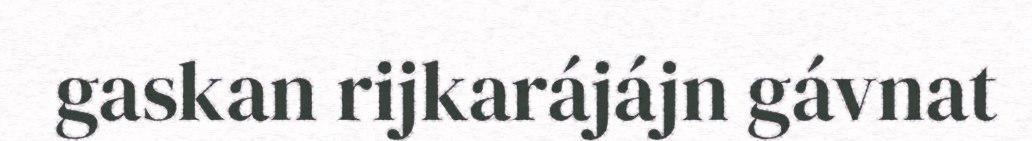
gaskan rijkarájájn gávnat